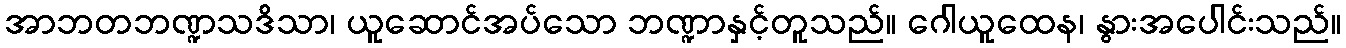
အာဘတဘဏ္ဍသဒိသာ၊ ယူဆောင်အပ်သော ဘဏ္ဍာနှင့်တူသည်။ ဂေါယူထေန၊ နွားအပေါင်းသည်။